Annual report of the Imperial Bacteriological Laboratory, Muktesar
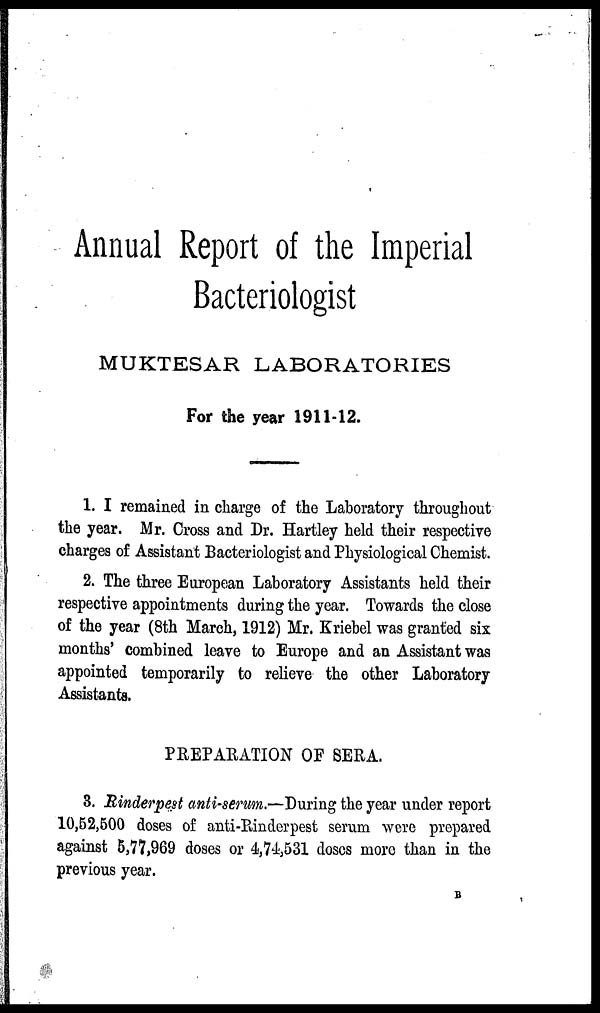
Annual Report of the Imperial
Bacteriologist
MUKTESAR LABORATORIES
For the year 1911-12.
1. I remained in charge of the Laboratory throughout
the year. Mr. Cross and Dr. Hartley held their respective
charges of Assistant Bacteriologist and Physiological Chemist.
2. The three European Laboratory Assistants held their
respective appointments during the year. Towards the close
of the year (8th March, 1912) Mr. Kriebel was granted six
months' combined leave to Europe and an Assistant was
appointed temporarily to relieve the other Laboratory
Assistants.
PREPARATION OF SERA.
3. Rinderpest anti-serum.—During the year under report
10,52,500 doses of anti-Rinderpest serum were prepared
against 5,77,969 doses or 4,74,531 doses more than in the
previous year.
B